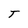
Character: T